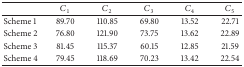
<table><thead><tr><td><b> </b></td><td><b><i>C</i><sub>1</sub></b></td><td><b><i>C</i><sub>2</sub></b></td><td><b><i>C</i><sub>3</sub></b></td><td><b><i>C</i><sub>4</sub></b></td><td><b><i>C</i><sub>5</sub></b></td></tr></thead><tbody><tr><td> Scheme 1</td><td>89.70 </td><td>110.85 </td><td>69.80 </td><td>13.52 </td><td>22.71 </td></tr><tr><td>Scheme 2</td><td>76.80 </td><td>121.90 </td><td>73.75 </td><td>13.62 </td><td>22.89 </td></tr><tr><td>Scheme 3</td><td>81.45 </td><td>115.37 </td><td>60.15 </td><td>12.85 </td><td>21.59 </td></tr><tr><td>Scheme 4</td><td>79.45 </td><td>118.69 </td><td>70.23 </td><td>13.42 </td><td>22.54 </td></tr></tbody></table>